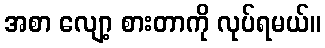
အစာ လျော့ စားတာကို လုပ်ရမယ်။